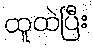
ထူထဲပြီး